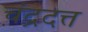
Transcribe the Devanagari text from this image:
चंद्रदत्त